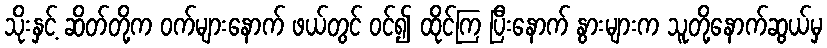
သိုးနှင့် ဆိတ်တို့က ဝက်များနောက် ဖယ်တွင် ဝင်၍ ထိုင်ကြ ပြီးနောက် နွားများက သူတို့နောက်ဆွယ်မှ